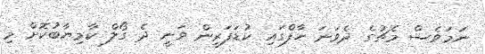
ނަމަވެސް މެޗުގެ ދެވަނަ ހާފްގައި ކުޑަފަރީން ވަނީ ދެ ގޯލް ކާމިޔާބުކޮށް މި